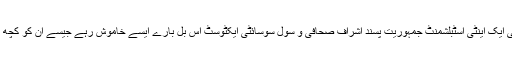
اور ہمارے کئی ایک اینٹی اسٹبلشمنٹ جمہوریت پسند اشراف صحافی و سول سوسائٹی ایکٹوسٹ اس بل بارے ایسے خاموش رہے جیسے ان کو کچھ پتا ہی نہیں تھا۔